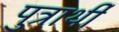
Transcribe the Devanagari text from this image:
पुत्रार्थी